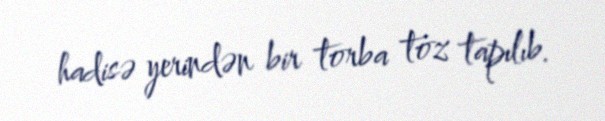
hadisə yerindən bir torba toz tapılıb.